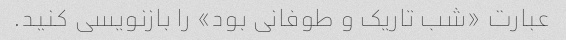
عبارت «شب تاریک و طوفانی بود» را بازنویسی کنید.